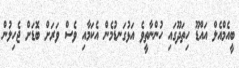
ބީއެމްއެލް އައްޑޫ ހިތަދޫގައި ހުންނާތީވެ އަޅުގަނޑުމެން އެކަމާއި ވެސް ވަރަށް ބޮޑަށް ޖެހިލުން